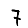
Digit: 7